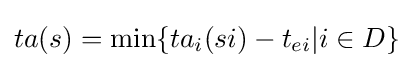
ta(s)=\min\{ta_{i}(si)-t_{ei}|i\in D\}